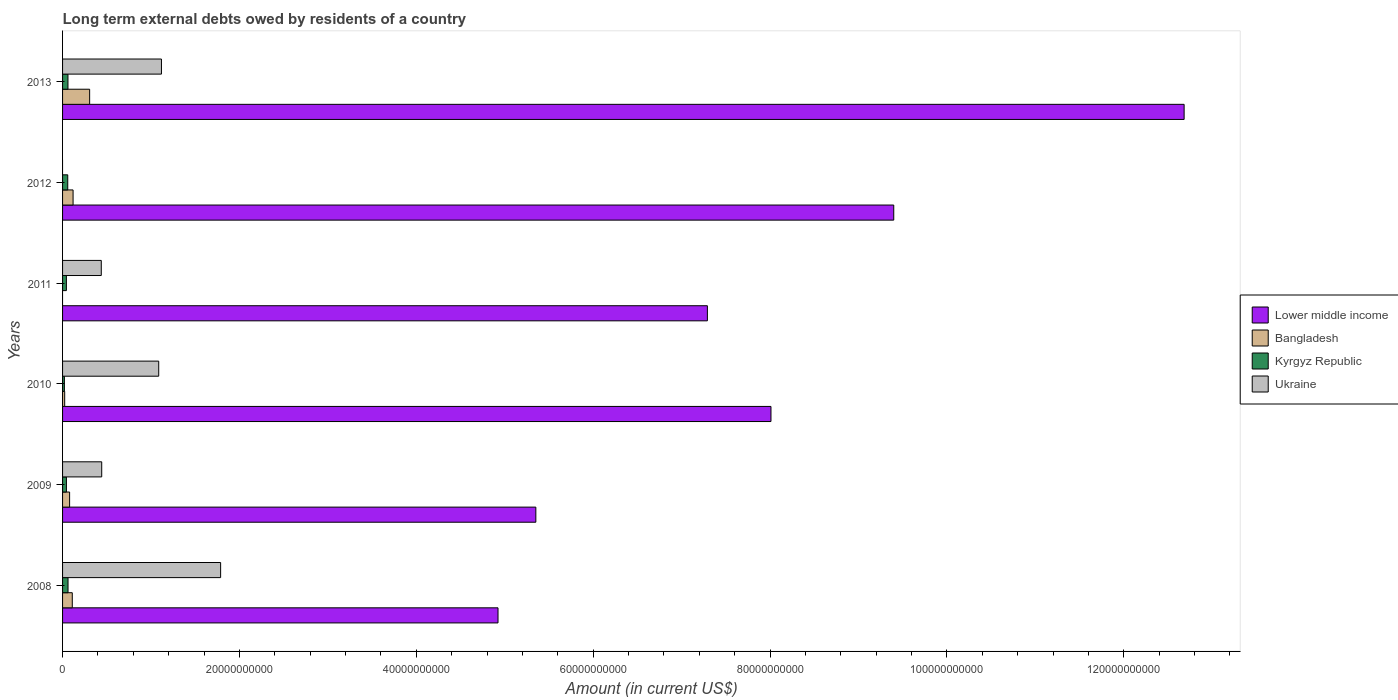
| Years | Lower middle income | Bangladesh | Kyrgyz Republic | Ukraine |
 | --- | --- | --- | --- | --- |
 | 2008 | 4.92e+10 | 1.1e+09 | 6.17e+08 | 1.79e+10 |
 | 2009 | 5.35e+10 | 7.97e+08 | 4.35e+08 | 4.43e+09 |
 | 2010 | 8.01e+10 | 2.4e+08 | 2.06e+08 | 1.09e+10 |
 | 2011 | 7.29e+10 | -2.17e+07 | 4.32e+08 | 4.38e+09 |
 | 2012 | 9.4e+10 | 1.19e+09 | 5.87e+08 | -4.85e+09 |
 | 2013 | 1.27e+11 | 3.06e+09 | 6.11e+08 | 1.12e+10 |